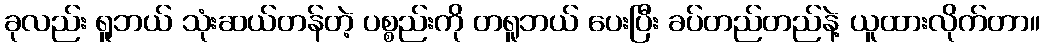
ခုလည်း ရူဘယ် သုံးဆယ်တန်တဲ့ ပစ္စည်းကို တရူဘယ် ပေးပြီး ခပ်တည်တည်နဲ့ ယူထားလိုက်တာ။